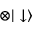
\otimes | \downarrow \rangle